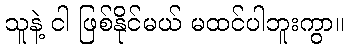
သူနဲ့ ငါ ဖြစ်နိုင်မယ် မထင်ပါဘူးကွာ။